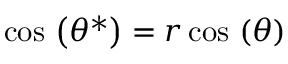
\cos \, \left( \theta ^ { * } \right) = r \cos \, \left( \theta \right)